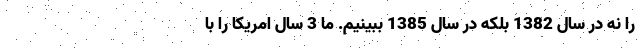
را نه در سال 1382 بلكه در سال 1385 ببينيم. ما 3 سال امريكا را با